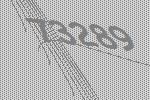
73289